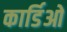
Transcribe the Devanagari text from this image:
कार्डिओ